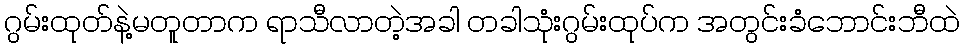
ဂွမ်းထုတ်နဲ့မတူတာက ရာသီလာတဲ့အခါ တခါသုံးဂွမ်းထုပ်က အတွင်းခံဘောင်းဘီထဲ